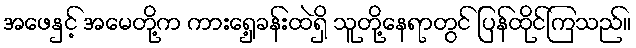
အဖေနှင့် အမေတို့က ကားရှေ့ခန်းထဲရှိ သူတို့နေရာတွင် ပြန်ထိုင်ကြသည်။